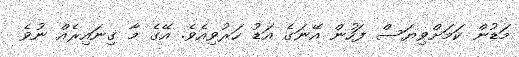
މަޑުން ކަމަށްވިޔަސް ފަހުން އޭނަގެ އަޑު ހަރުވިއެވެ. އޭގެ މާ ގިނައިރެއް ނުވެ